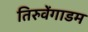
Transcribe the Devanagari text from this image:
तिरुवेंगाडम